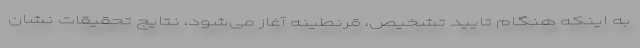
به اینکه هنگام تایید تشخیص، قرنطینه آغاز می‌شود، نتایج تحقیقات نشان